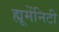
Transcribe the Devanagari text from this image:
ह्यूमेंनिटी